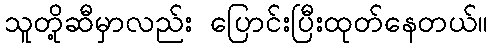
သူတို့ဆီမှာလည်း ပြောင်းပြီးထုတ်နေတယ်။